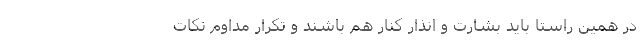
در همین راستا باید بشارت و انذار کنار هم باشند و تکرار مداوم نکات